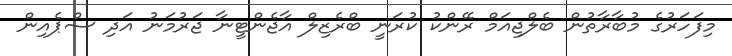
މިފަހަރުގެ މުބާރާތުން ބެލްޖިއަމް ރޭންކު ކުރަނީ ބްރެޒިލް އާޖެންޓީނާ ޖަރުމަނު އަދި ސްޕެއިން